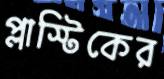
প্লাস্টিকের